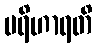
ပရိဟာရတိ